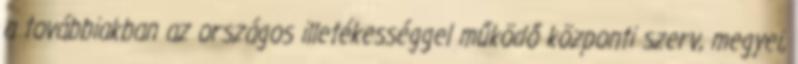
a továbbiakban az országos illetékességgel működő központi szerv, megyei,